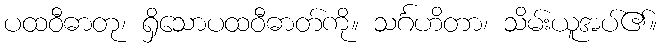
ပထဝီဓာတု၊ ရှိသောပထဝီဓာတ်ကို။ သင်္ဂဟိတာ၊ သိမ်းယူအပ်၏။